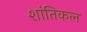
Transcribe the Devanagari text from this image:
शांतिकल